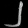
Digit: ၂